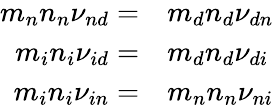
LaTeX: \begin{array}{rl}{m_{n}{n_{n}}{\nu_{nd}}=}&{{}m_{d}{n_{d}}{\nu_{dn}}}\\ {m_{i}{n_{i}}{\nu_{id}}=}&{{}m_{d}{n_{d}}{\nu_{di}}}\\ {m_{i}{n_{i}}{\nu_{in}}=}&{{}m_{n}{n_{n}}{\nu_{ni}}}\end{array}